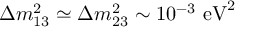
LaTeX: \Delta m _ { 1 3 } ^ { 2 } \simeq \Delta m _ { 2 3 } ^ { 2 } \sim 1 0 ^ { - 3 } ~ \mathrm { e V } ^ { 2 }